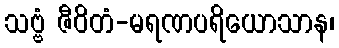
သဗ္ဗံ ဇီဝိတံ-မရဏပရိယောသာန၊